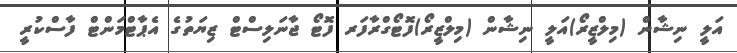
އަލީ ނިޝާން (މިލްޒީރޯ)އަލީ ނިޝާން (މިލްޒީރޯ)ފޮޓޯގްރާފަރ ފޮޓޯ ޖާނަލިސްޓް ޒިޔަތުގެ އެޕާޓްމަންޓް ފާސްކުރީ